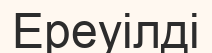
Ереуілді